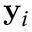
\mathbf { y } _ { i }